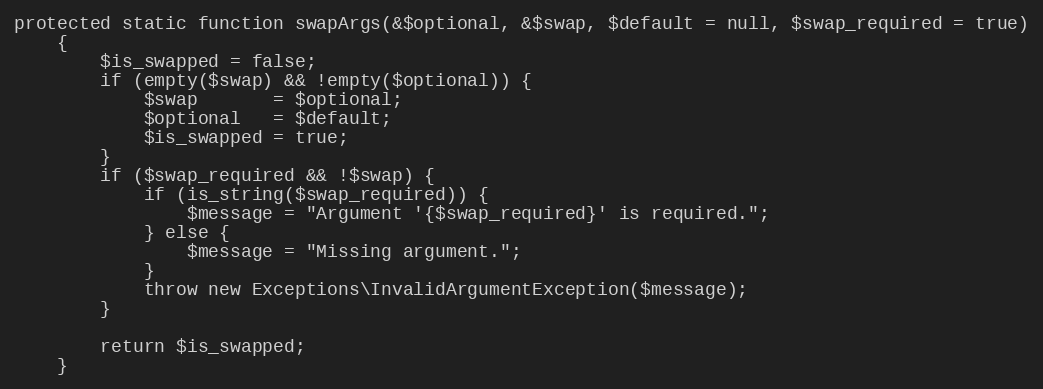
Language: PHP
protected static function swapArgs(&$optional, &$swap, $default = null, $swap_required = true)
    {
        $is_swapped = false;
        if (empty($swap) && !empty($optional)) {
            $swap       = $optional;
            $optional   = $default;
            $is_swapped = true;
        }
        if ($swap_required && !$swap) {
            if (is_string($swap_required)) {
                $message = "Argument '{$swap_required}' is required.";
            } else {
                $message = "Missing argument.";
            }
            throw new Exceptions\InvalidArgumentException($message);
        }

        return $is_swapped;
    }